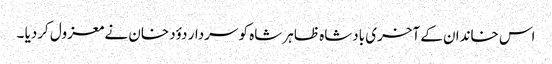
اس خاندان کے آخری بادشاہ ظاہر شاہ کو سردار دؤد خان نے معزول کردیا ۔